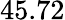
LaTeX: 45.72